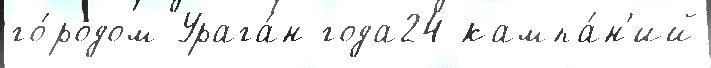
го́родом Урага́н года24 кампа́н'ий